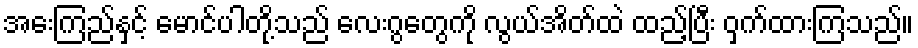
အေးကြည်နှင့် မောင်ပါတို့သည် လေးဂွတွေကို လွယ်အိတ်ထဲ ထည့်ပြီး ဝှက်ထားကြသည်။